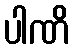
ပါဏိ